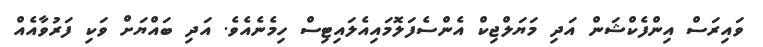
ވައިރަސް އިންފެކްޝަން އަދި މަޔަލްޖިކް އެންސެފަލޮމައިއެލައިޓިސް ހިމެނެއެވެ. އަދި ބައްޔަށް ވަކި ފަރުވާއެއް